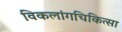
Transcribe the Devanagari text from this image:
विकलांगचिकित्सा